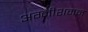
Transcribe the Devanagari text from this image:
अग्नीशमन